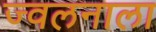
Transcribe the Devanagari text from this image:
ज्वलनाला